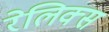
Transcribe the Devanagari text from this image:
रेलिक्स